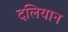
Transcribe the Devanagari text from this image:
दलियान